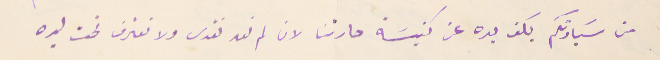
من سَيادتكم بكف يده عن كنيسَة حارتنا لان لم نعد نقدس ولا نعترف تحت يده